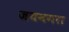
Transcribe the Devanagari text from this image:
जयनगरा